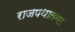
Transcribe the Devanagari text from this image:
राजपथालगत